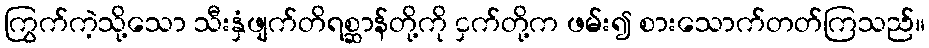
ကြွက်ကဲ့သို့သော သီးနှံဖျက်တိရစ္ဆာန်တို့ကို ငှက်တို့က ဖမ်း၍ စားသောက်တတ်ကြသည်။